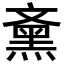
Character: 𪐰